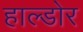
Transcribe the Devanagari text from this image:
हाल्डोर